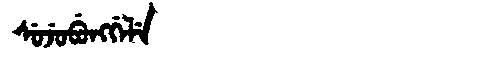
Manchu: ᠰᡠᠵᡠᠪᡠᠩᡤᡝᠯᡝ
Romanization: SUJUBUNGGELE